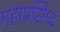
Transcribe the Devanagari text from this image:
महाप्रसिध्द